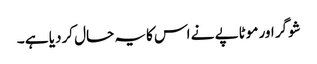
شوگر اور موٹاپے نے اس کایہ حال کردیا ہے ۔